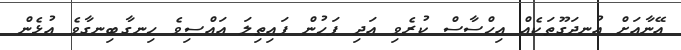
އޭނާއަށް އުނދަގޫތަކެއް އިހްސާސް ކުރެވި އަދި ފަހުން ފައިތިލަ އައްސިވެ ހިނގާބިނގާވެ އުޅެން